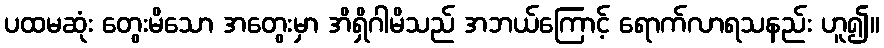
ပထမဆုံး တွေးမိသော အတွေးမှာ အိရှိဂါမိသည် အဘယ်ကြောင့် ရောက်လာရသနည်း ဟူ၍။